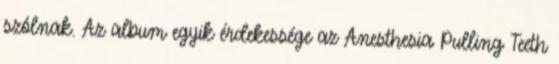
szólnak. Az album egyik érdekessége az Anesthesia Pulling Teeth